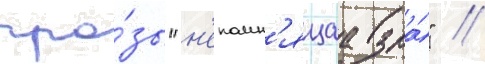
про́зы "н'епомн'ящаа зла́" //